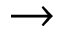
\rightarrow